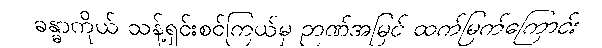
ခန္ဓာကိုယ် သန့်ရှင်းစင်ကြယ်မှ ဉာဏ်အမြင် ထက်မြက်ကြောင်း